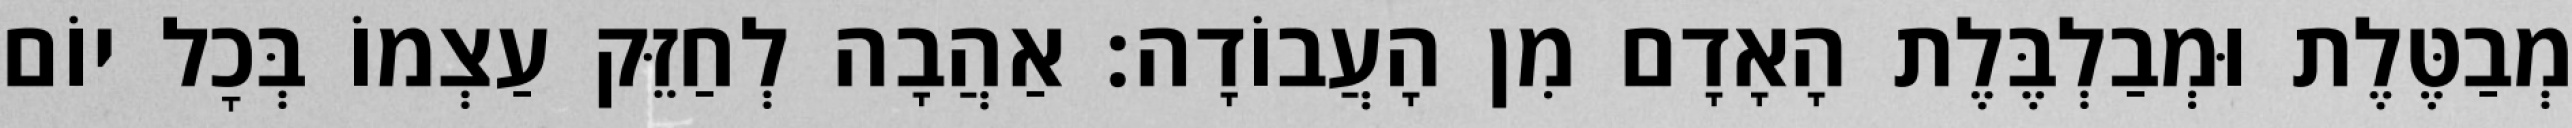
מְבַטֶּלֶת וּמְבַלְבֶּלֶת הָאָדָם מִן הָעֲבוֹדָה: אַהֲבָה לְחַזֵּק עַצְמוֹ בְּכׇל יוֹם